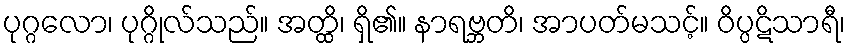
ပုဂ္ဂလော၊ ပုဂ္ဂိုလ်သည်။ အတ္ထိ၊ ရှိ၏။ နာရဗ္ဘတိ၊ အာပတ်မသင့်။ ဝိပ္ပဋိသာရီ၊